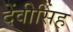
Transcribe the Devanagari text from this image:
देंवीसिंह